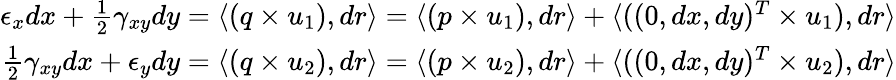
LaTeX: \begin{array}{r}{\epsilon_{x}dx+\frac{1}{2}\gamma_{xy}dy=\langle(q\times u_{1}),dr\rangle=\langle(p\times u_{1}),dr\rangle+\langle((0,dx,dy)^{T}\times u_{1}),dr\rangle}\\ {\frac{1}{2}\gamma_{xy}dx+\epsilon_{y}dy=\langle(q\times u_{2}),dr\rangle=\langle(p\times u_{2}),dr\rangle+\langle((0,dx,dy)^{T}\times u_{2}),dr\rangle}\end{array}